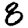
Digit: 8